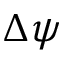
\Delta \psi